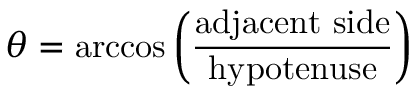
\theta = \operatorname { a r c c o s } \left( { \frac { \mathrm { a d j a c e n t ~ s i d e } } { \mathrm { h y p o t e n u s e } } } \right)